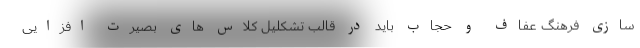
سازی فرهنگ عفاف و حجاب باید در قالب تشکلیل کلاس های بصیرت افزایی